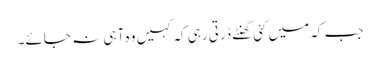
جب کہ میں کئی گھنٹے ڈرتی رہی کہ کہیں وہ آ ہی نہ جائے۔